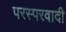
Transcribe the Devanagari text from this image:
परस्परवादी